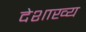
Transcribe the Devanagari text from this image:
देशाख्य